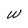
Character: W